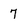
Character: 7